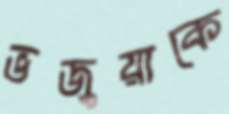
ভজুয়াকে